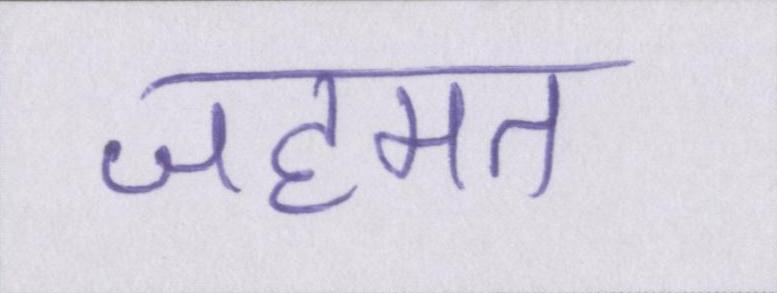
जहमत